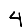
Digit: 4